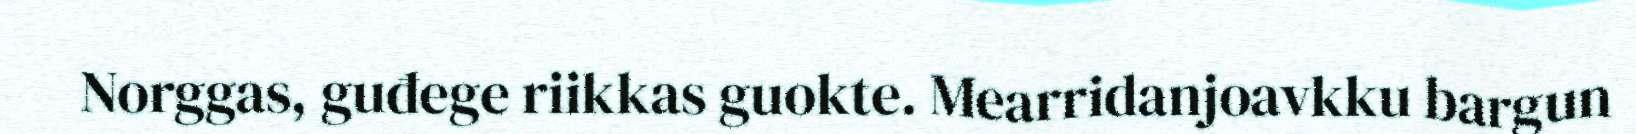
Norggas, guđege riikkas guokte. Mearridanjoavkku bargun